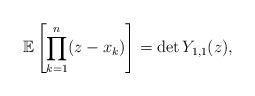
LaTeX: \begin{align*}\mathbb{E}\left[\prod_{k=1}^n(z-x_k)\right]=\det Y_{1,1}(z),\end{align*}